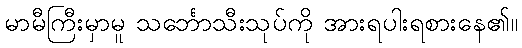
မာမီကြီးမှာမူ သင်္ဘောသီးသုပ်ကို အားရပါးရစားနေ၏။